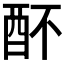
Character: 𨟷